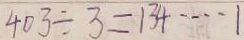
4 0 3 \div 3 = 1 3 4 \cdots 1